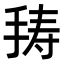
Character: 𭠸